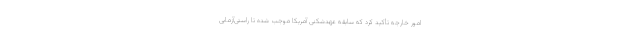
امور خارجه تأکید کرد که سابقه عهدشکنی آمریکا موجب شده تا راستی‌آزمایی